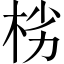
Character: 㭞